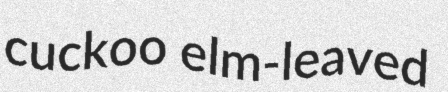
cuckoo elm-leaved